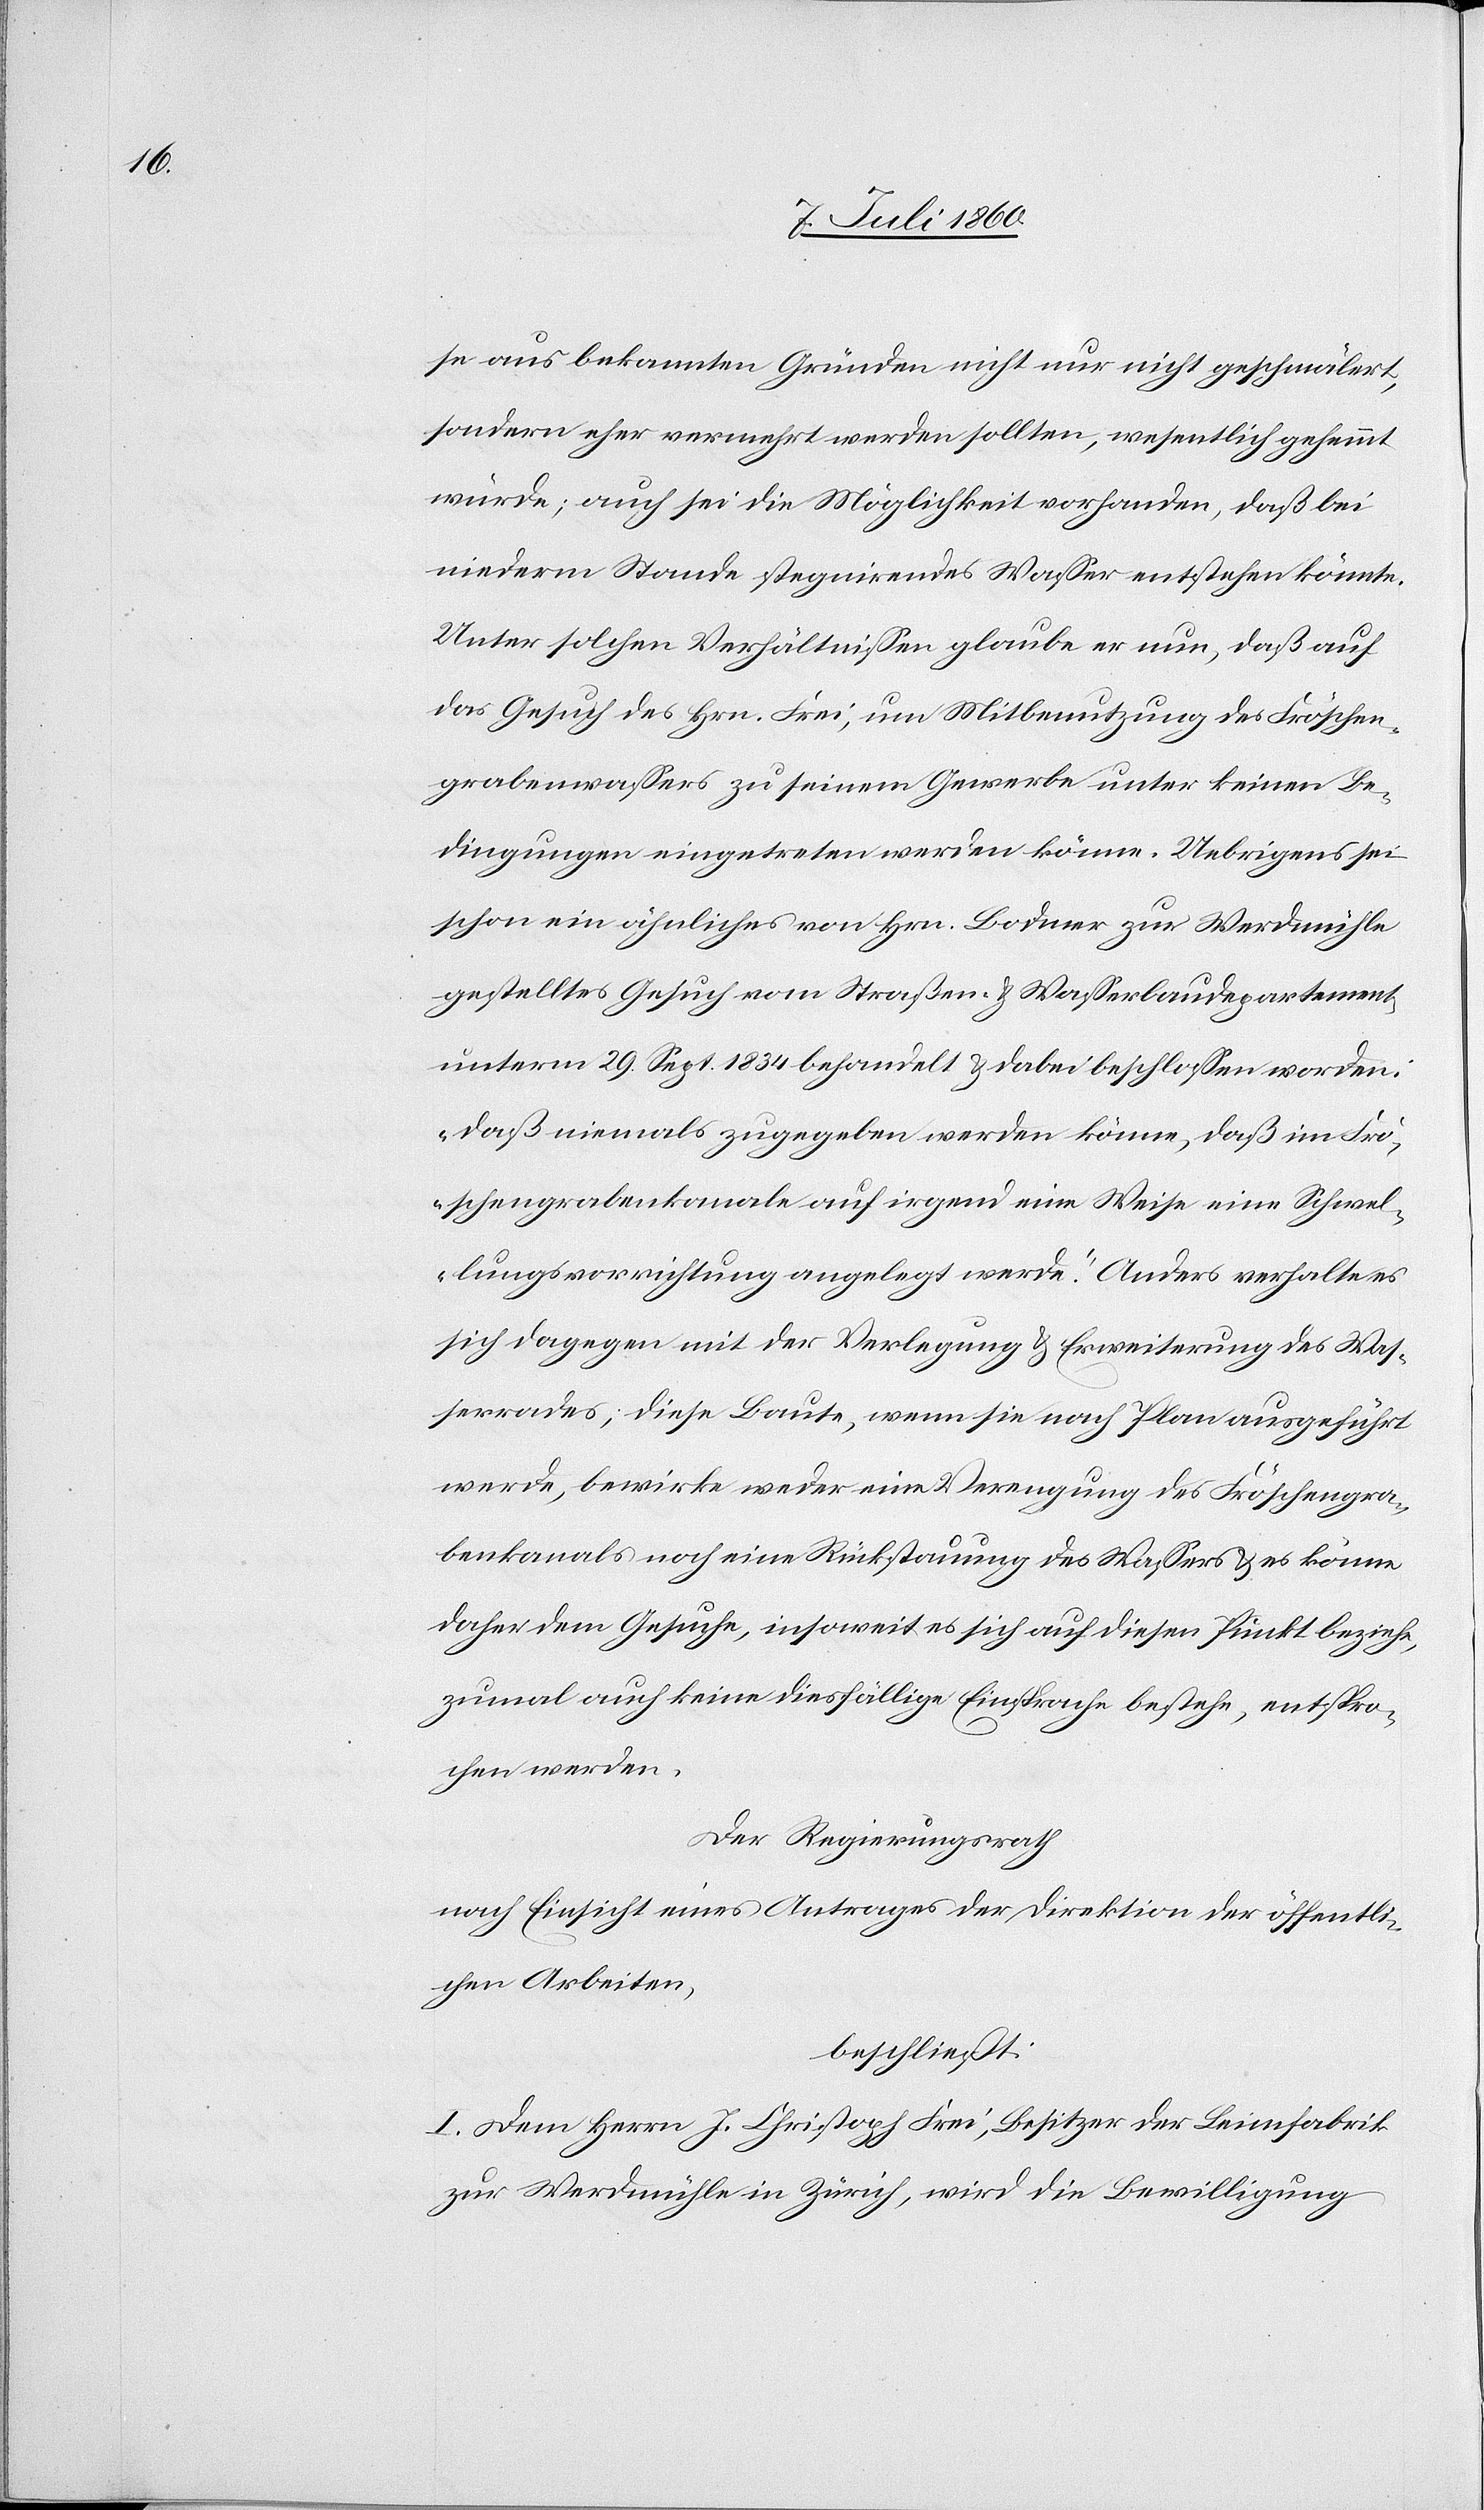
se aus bekannten Gründen nicht nur nicht geschmälert,
sondern eher vermehrt werden sollten, wesentlich gehemmt
würde; auch sei die Möglichkeit vorhanden, daß bei
niederm Stande stagnirendes Wasser entstehen könnte.
Unter solchen Verhältnissen glaube er nun, daß auf
das Gesuch des Hrn. Frei, um Mitbenutzung des Fröschen¬
grabenwassers zu seinem Gewerbe unter keinen Be¬
dingungen eingetreten werden könne. Uebrigens sei
schon ein ähnliches von Hrn. Bodmer zur Werdmühle
gestelltes Gesuch vom Straßen- & Wasserbaudepartement
unterm 29. Sept. 1834 behandelt & dabei beschlossen worden:
„daß niemals zugegeben werden könne, daß im Frö¬
schengrabenkanale auf irgend eine Weise eine Schwel¬
lungsvorrichtung angelegt werde.“ Anders verhalte es
sich dagegen mit der Verlegung & Erweiterung des Was¬
serrades; diese Baute, wenn sie nach Plan ausgeführt
werde, bewirke weder eine Verengung des Fröschengra¬
benkanals noch eine Rückstauung des Wassers & es könne
daher dem Gesuche, insoweit es sich auf diesen Punkt beziehe,
zumal auch keine diesfällige Einsprache bestehe, entspro¬
chen werden.
Der Regierungsrath
nach Einsicht eines Antrages der Direktion der öffentli¬
chen Arbeiten,
beschließt:
I. Dem Hrn. J. Christoph Frei, Besitzer der Leimfabrik
zur Werdmühle in Zürich, wird die Bewilligung